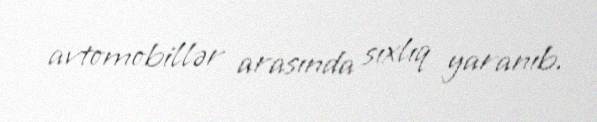
avtomobillər arasında sıxlıq yaranıb.